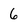
Character: 6